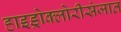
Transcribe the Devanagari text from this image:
हाइड्रोक्लोरीसंजात